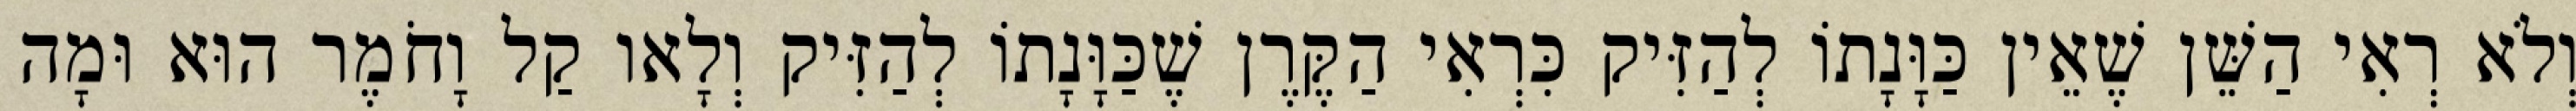
וְלֹא רְאִי הַשֵּׁן שֶׁאֵין כַּוָּנָתוֹ לְהַזִּיק כִּרְאִי הַקֶּרֶן שֶׁכַּוָּנָתוֹ לְהַזִּיק וְלָאו קַל וָחֹמֶר הוּא וּמָה